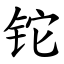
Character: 铊